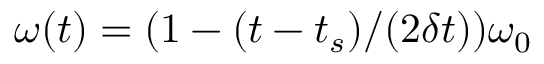
\omega ( t ) = { \left( 1 - ( t - t _ { s } ) / ( 2 \delta t ) \right) } \omega _ { 0 }